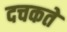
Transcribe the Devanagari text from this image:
दचकते